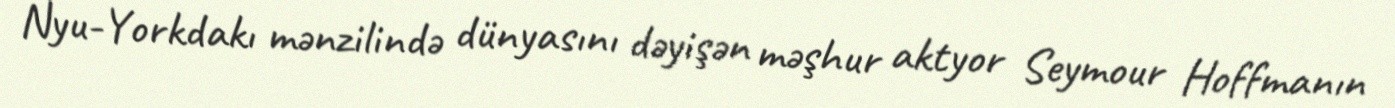
Nyu-Yorkdakı mənzilində dünyasını dəyişən məşhur aktyor Seymour Hoffmanın